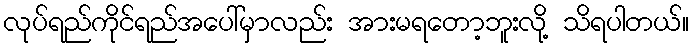
လုပ်ရည်ကိုင်ရည်အပေါ်မှာလည်း အားမရတော့ဘူးလို့ သိရပါတယ်။